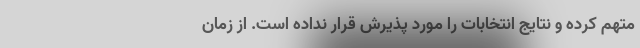
متهم کرده و نتایج انتخابات را مورد پذیرش قرار نداده است. از زمان